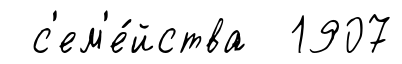
с'ем'е́йства 1907